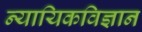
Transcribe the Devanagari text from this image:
न्यायिकविज्ञान